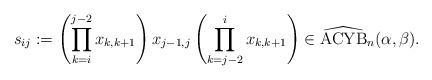
\begin{gather*}s_{ij}:= \left( \prod_{k=i}^{j-2} x_{k,k+1} \right) x_{j-1,j} \left( \prod_{k=j-2}^{i} x_{k,k+1} \right) \in{\widehat{{\rm ACYB}}}_n(\alpha,\beta).\end{gather*}